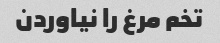
تخم مرغ را نیاوردن